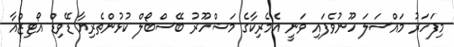
މިފަހަރު މައްސަލަ ހޫނުވެފައި ވަނީ އެމެރިކާގެ މަޝްހޫރު ބޭސްބޯލް ކުޅުންތެރިޔާ ޑޭވިޑް އޯޓިޒްއާ